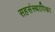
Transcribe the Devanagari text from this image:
सहसंस्थापिका